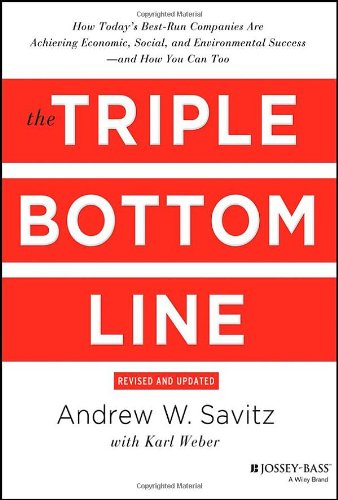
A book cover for The Triple Bottom Line: How Today's Best-Run Companies Are Achieving Economic, Social and Environmental Success - and How You Can Too; Andrew Savitz; Business & Money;